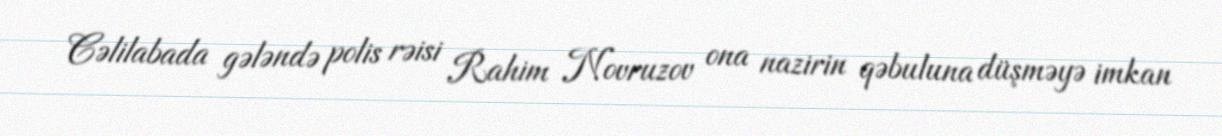
Cəlilabada gələndə polis rəisi Rahim Novruzov ona nazirin qəbuluna düşməyə imkan